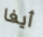
أيفا